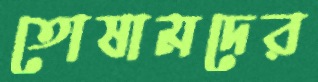
তোষামদের